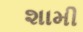
શામી